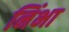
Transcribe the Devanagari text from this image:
निंभा